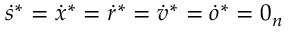
\dot { s } ^ { * } = \dot { x } ^ { * } = \dot { r } ^ { * } = \dot { v } ^ { * } = \dot { o } ^ { * } = 0 _ { n }